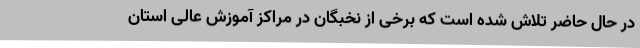
در حال حاضر تلاش شده است که برخی از نخبگان در مراکز آموزش عالی استان